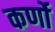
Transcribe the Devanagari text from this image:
कर्णो